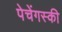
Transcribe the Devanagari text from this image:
पेचेंगस्की